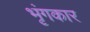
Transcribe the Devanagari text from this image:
भृंगकार